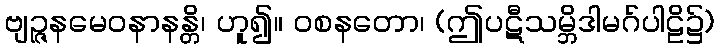
ဗျဉ္ဇနမေဝနာနန္တိ၊ ဟူ၍။ ဝစနတော၊ (ဤပဋီသမ္ဘိဒါမဂ်ပါဠိ၌)